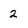
Character: 2